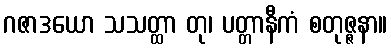
ဂဇာဒယော သသတ္ထာ တု၊ ပတ္တာနီကံ စတုဇ္ဇနာ။